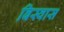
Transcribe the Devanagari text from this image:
बिस्‍वास